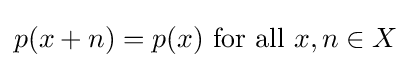
p(x+n)=p(x){\text{ for all }}x,n\in X